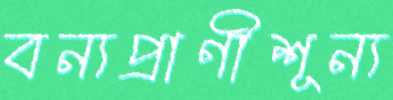
বন্যপ্রাণীশূন্য